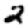
Digit: 2